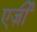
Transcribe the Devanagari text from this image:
एर्ज़ीं